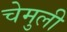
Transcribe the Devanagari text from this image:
चेमुली